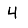
Digit: 4